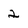
Character: 2